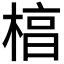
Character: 𬃬